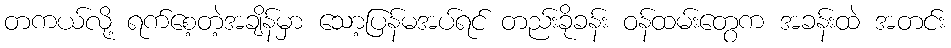
တကယ်လို့ ရက်စေ့တဲ့အချိန်မှာ သော့ပြန်မအပ်ရင် တည်းခိုခန်း ဝန်ထမ်းတွေက အခန်းထဲ အတင်း